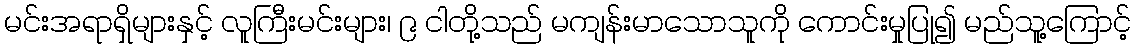
မင်းအရာရှိများနှင့် လူကြီးမင်းများ၊ ၉ ငါတို့သည် မကျန်းမာသောသူကို ကောင်းမှုပြု၍ မည်သူ့ကြောင့်